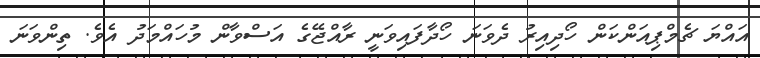
އައްޔަ ޗެމްޕިއަންކަން ހޯދިއިރު ދެވަނަ ހޯދާފައިވަނީ ރާއްޖޭގެ އަސްވާން މުހައްމަދު އެވެ. ތިންވަނަ